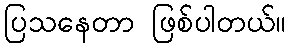
ပြသနေတာ ဖြစ်ပါတယ်။